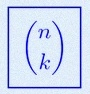
\binom{n}{k}